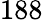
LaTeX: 188